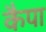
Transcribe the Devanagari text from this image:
कैपा